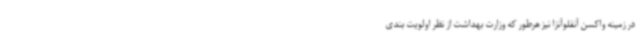
در زمینه واکسن آنفلوآنزا نیز هرطور که وزارت بهداشت از نظر اولویت بندی